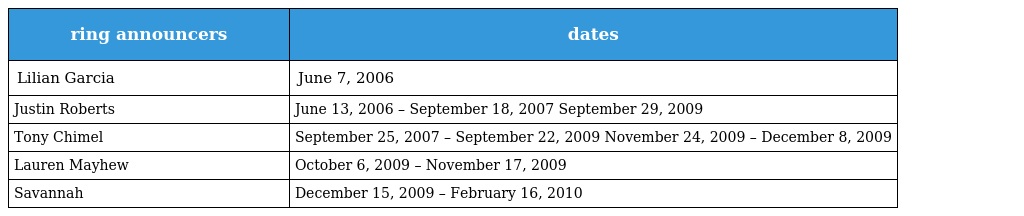
| ring announcers | dates |
 | --- | --- |
 | Lilian Garcia | June 7, 2006 |
 | Justin Roberts | June 13, 2006 – September 18, 2007 September 29, 2009 |
 | Tony Chimel | September 25, 2007 – September 22, 2009 November 24, 2009 – December 8, 2009 |
 | Lauren Mayhew | October 6, 2009 – November 17, 2009 |
 | Savannah | December 15, 2009 – February 16, 2010 |